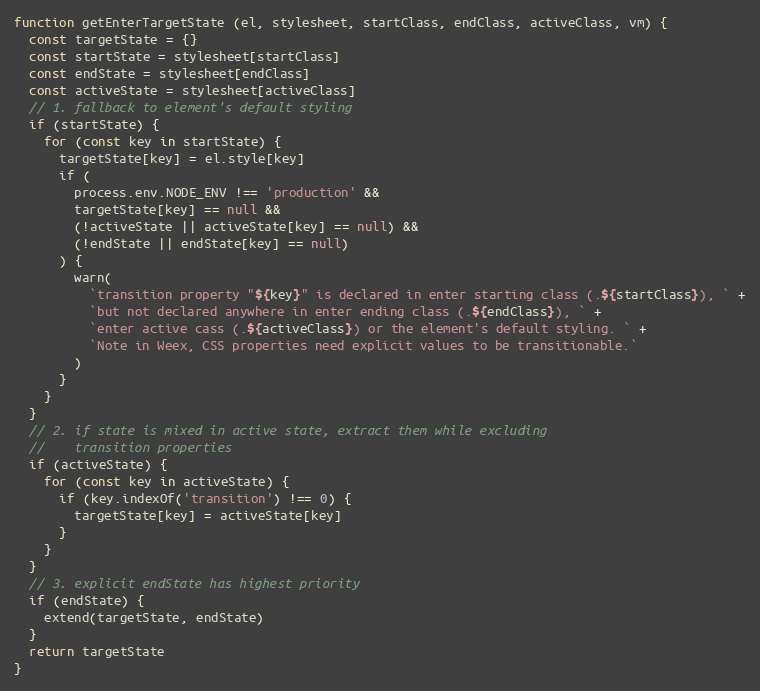
Language: JavaScript
function getEnterTargetState (el, stylesheet, startClass, endClass, activeClass, vm) {
  const targetState = {}
  const startState = stylesheet[startClass]
  const endState = stylesheet[endClass]
  const activeState = stylesheet[activeClass]
  // 1. fallback to element's default styling
  if (startState) {
    for (const key in startState) {
      targetState[key] = el.style[key]
      if (
        process.env.NODE_ENV !== 'production' &&
        targetState[key] == null &&
        (!activeState || activeState[key] == null) &&
        (!endState || endState[key] == null)
      ) {
        warn(
          `transition property "${key}" is declared in enter starting class (.${startClass}), ` +
          `but not declared anywhere in enter ending class (.${endClass}), ` +
          `enter active cass (.${activeClass}) or the element's default styling. ` +
          `Note in Weex, CSS properties need explicit values to be transitionable.`
        )
      }
    }
  }
  // 2. if state is mixed in active state, extract them while excluding
  //    transition properties
  if (activeState) {
    for (const key in activeState) {
      if (key.indexOf('transition') !== 0) {
        targetState[key] = activeState[key]
      }
    }
  }
  // 3. explicit endState has highest priority
  if (endState) {
    extend(targetState, endState)
  }
  return targetState
}